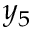
y _ { 5 }